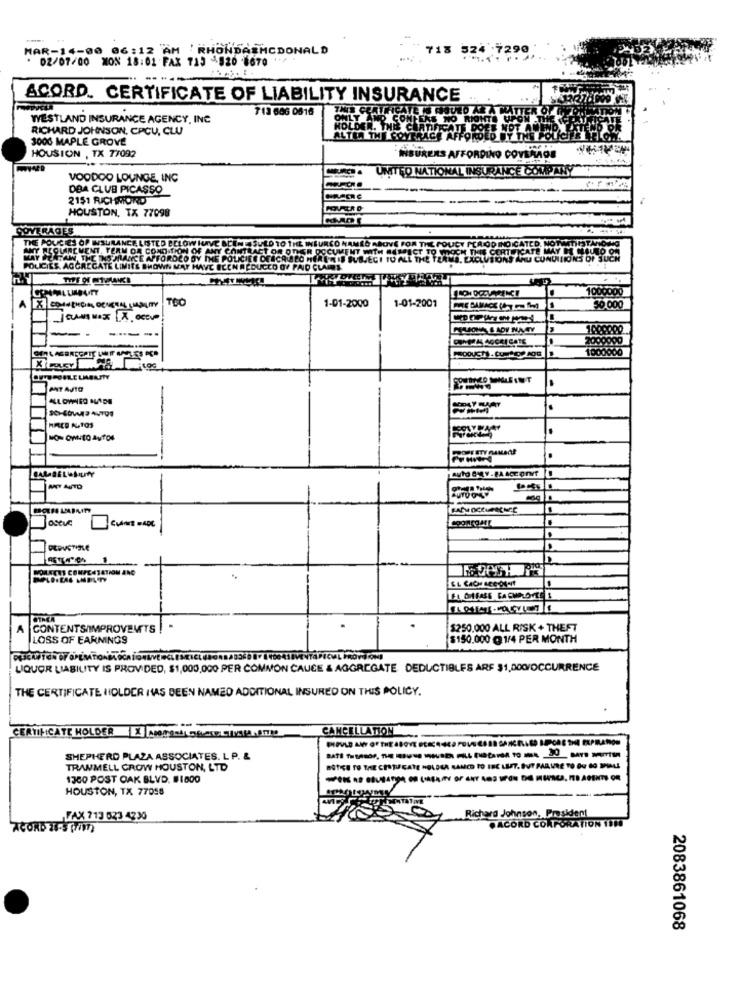
MAR-14-00 06:12 AM RHONDAEMCDONALD
713 524 7290
· 02/07/00 MON 18:02 FAX 715 920 8670
ACORD. CERTIFICATE OF LIABILITY INSURANCE
713 606 0616
WESTLAND INSURANCE AGENCY, INC
ONLY AN
RICHARD JOHNSON, CPCU, CLU
3000 MAPLE GROVE
HOUSION , TX 7/092
INSURERS AFFORDINO COVERAGE
VOODOO LOUNGE, INC
UNITED NATIONAL INSURANCE COMPANY
OBA CLUB PICASSO
2151 RICHMOND
HOUSTON, TX 77098
COVERAGES
THE POUCIES OP INSURANCE LISTED BELOW
ANY REGLAREMENT. TEAM OR CONDITION O
re MAY
MAY PLATAW THE INS MANCE APFORDEO D
FORDCO
POLICIES. AGGREGATE LIMITS SHOWN MAY H
1000000
TOO
1-01-2000
1-01-2001
50.000
CAN MAXX.OCV
1000000
MT AJTO
HICE ALTOS
ANT AUTO
SOLEEUS COMPENSATION ANG
CONTENTS/IMPROVEMETS
$250.000 ALL RISK + THEFT
LOSS OF EARNINGS
$150.000 @1/4 PER MONTH
LIQUOR LIABILITY IS PROVIDED, $1,000,000 PER COMMON CAUCE & AGGREGATE DEDUCTIBLES ARF $1,DOC/OCCURRENCE
THE CERTIFICATE HOLDER HAS BEEN NAMED ADDITIONAL INSURED ON THIS POLICY.
CANCELLATION
CERTIFICATE HOLDER X Messogenetisk.AM
SHEPHERD PLAZA ASSOCIATES. L P. &
TRAMMELL CROW HOUSTON, LTD
1300 POST OAK BLVD. #1800
HOUSTON, TX 77058
FAX 713 623 4230
Richard Johnson, President
ACORD IT'S (MIT)
DACORD CORPORATION 1900
2083861068